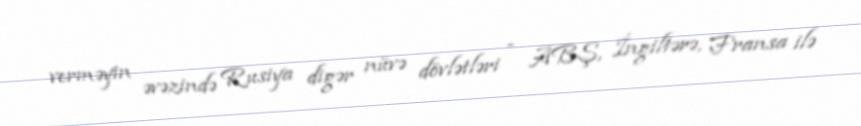
verməyin əvəzində Rusiya digər nüvə dövlətləri - ABŞ, İngiltərə, Fransa ilə